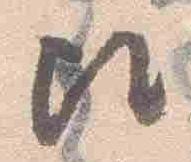
歟